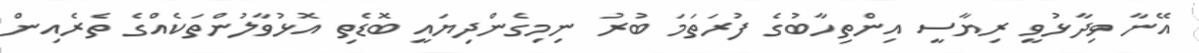
އޭނާ ވިދާޅުވީ ރިޔާސީ އިންތިހާބުގެ ފުރަތަމަ ބުރު ނިމިގެންދިޔައީ ބޮޑެތި އޮޅުވާލުންތަކެއްގެ ތެރެއިން